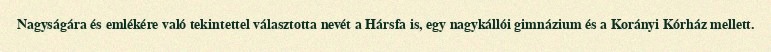
Nagyságára és emlékére való tekintettel választotta nevét a Hársfa is, egy nagykállói gimnázium és a Korányi Kórház mellett.